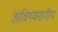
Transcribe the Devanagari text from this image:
अविष्वसनीय